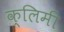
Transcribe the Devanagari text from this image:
क्लिमी